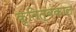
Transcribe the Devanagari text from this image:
कृतित्वकाल